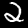
Label: 2